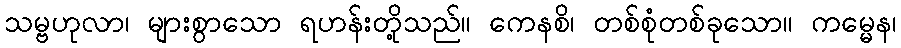
သမ္ဗဟုလာ၊ များစွာသော ရဟန်းတို့သည်။ ကေနစိ၊ တစ်စုံတစ်ခုသော။ ကမ္မေန၊